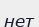
нет